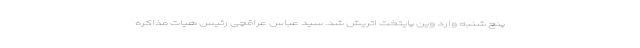
پنچ شنبه وارد وین پایتخت اتریش شد. سید عباس عراقچی رئیس هیات مذاکره